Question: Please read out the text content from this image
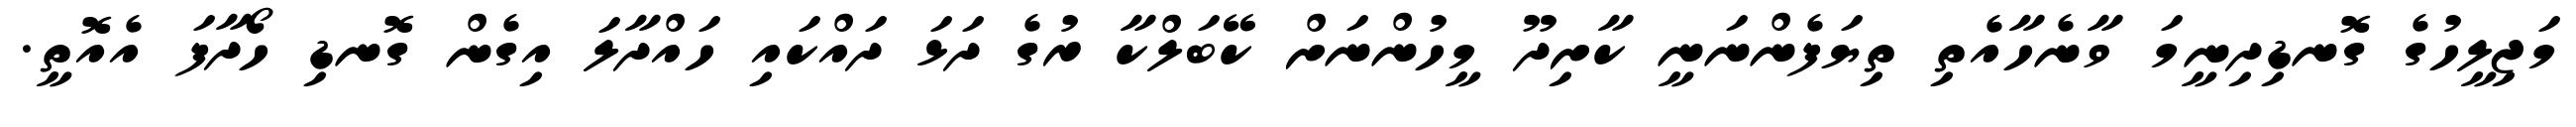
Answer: މަޖިލީހުގެ ގޮނޑިދިނީމަ ވާނެހާއެތި ތިޔަފެންނަނީ ކާށިދޫ މީހުންނަށް ކޭބަލްކާ ރުގެ ދަޅަ ދައްކައި ހައްދާލަ އިގެން ގޮނޑި ހޯދާފަ އެއޮތީ.